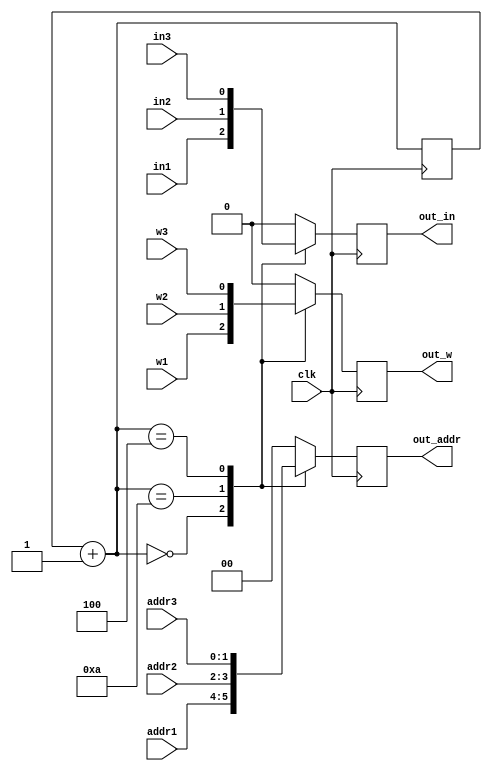
module request_mux(
    input clk,
    input in1,
    input [1:0] addr1,
    input w1,
    input in2,
    input [1:0] addr2,
    input w2,
    input in3,
    input [1:0] addr3,
    input w3,
    output reg out_in,
    output reg[1:0] out_addr,
    output reg out_w
    );
    
    reg [3:0] counter;
    
    always @(posedge clk) begin
        counter = counter +1;
        case(counter)
            4'd0000:begin
            out_in = in1;
            out_addr = addr1;
            out_w = w1;
            end
            4'd0010:begin
            out_in = in2;
            out_addr = addr2;
            out_w = w2;
            end
            4'd0100:begin
            out_in = in3;
            out_addr = addr3;
            out_w = w3;
            end
            default:begin
            out_in = 0;
            out_w = 0;
            out_addr= 0;
            end
        endcase
    end
endmodule